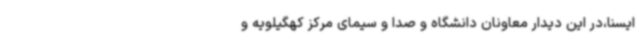
ایسنا،در این دیدار معاونان دانشگاه و صدا و سیمای مرکز کهگیلویه و